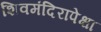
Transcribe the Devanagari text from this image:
शिवमंदिरापेक्षा